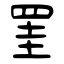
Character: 罣